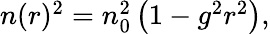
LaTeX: \begin{array}{r}{n(r)^{2}=n_{0}^{2}\left(1-g^{2}r^{2}\right),}\end{array}